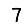
Digit: 7